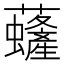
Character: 虄